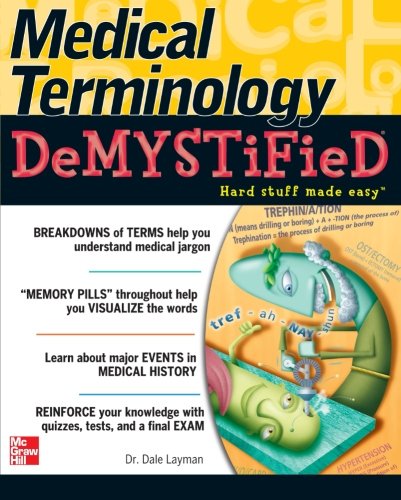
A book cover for Medical Terminology Demystified; Dale Layman; Medical Books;